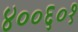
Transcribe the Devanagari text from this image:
४००६०१